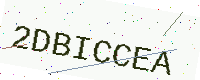
Text: 2DBICCEA